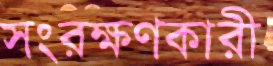
সংরক্ষণকারী